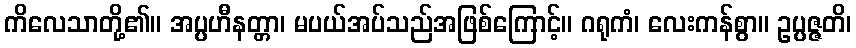
ကိလေသာတို့၏။ အပ္ပဟီနတ္တာ၊ မပယ်အပ်သည်အဖြစ်ကြောင့်။ ဂရုကံ၊ လေးကန်စွာ။ ဥပ္ပဇ္ဇတိ၊